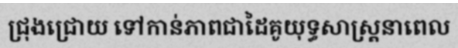
ជ្រុងជ្រោយ ទៅកាន់ភាពជាដៃគូយុទ្ធសាស្ត្រនាពេល